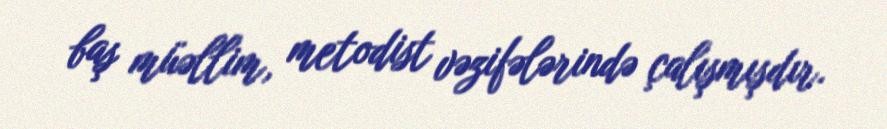
baş müəllim, metodist vəzifələrində çalışmışdır.